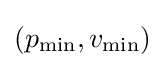
(p_{\rm {min}},v_{\rm {min}})